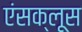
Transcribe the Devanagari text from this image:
एंसक्लूस